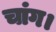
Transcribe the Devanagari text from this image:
चांग।